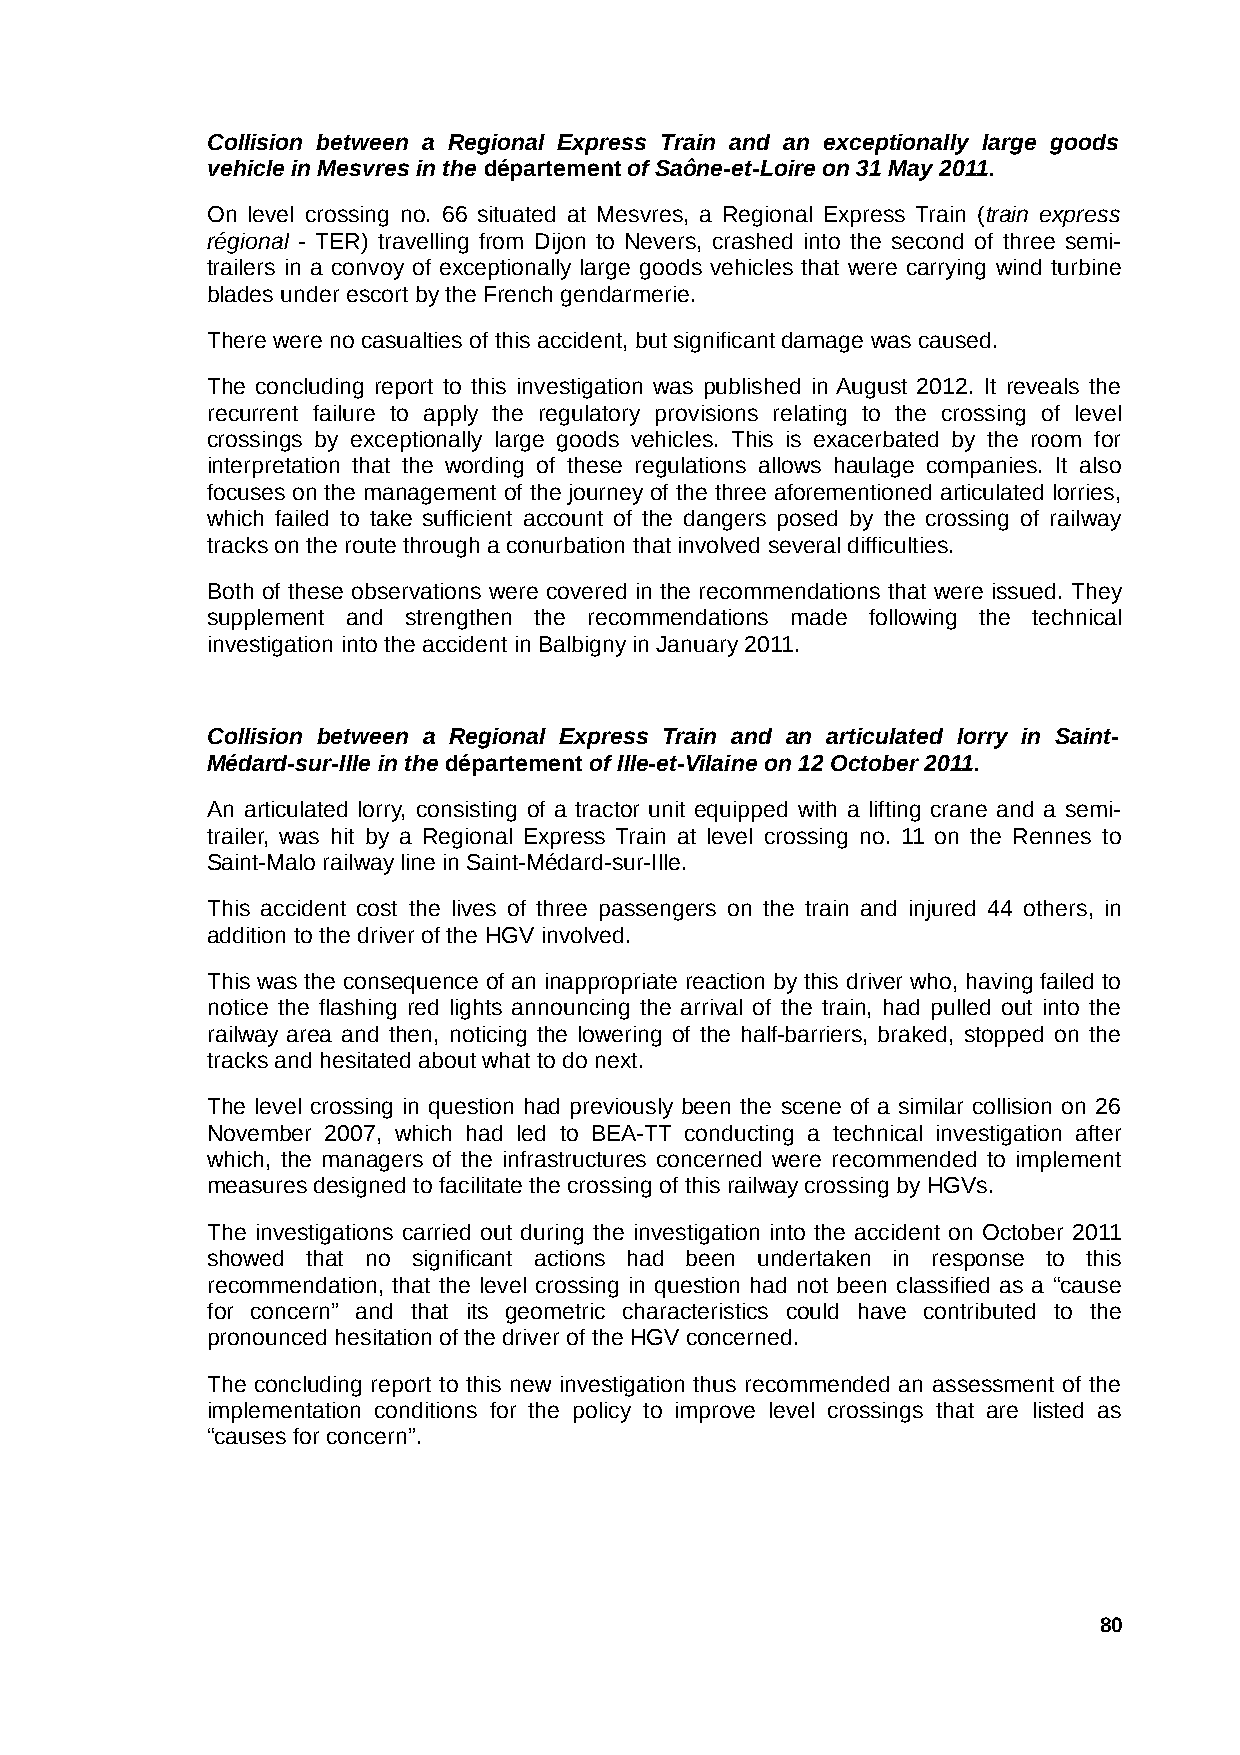
Collision between a Regional Express Train and an exceptionally large goods
 vehicle in Mesvres in the département of Saône-et-Loire on 31 May 2011.
 On level crossing no. 66 situated at Mesvres, a Regional Express Train (train express
 régional - TER) travelling from Dijon to Nevers, crashed into the second of three semi-
 trailers in a convoy of exceptionally large goods vehicles that were carrying wind turbine
 blades under escort by the French gendarmerie.
 There were no casualties of this accident, but significant damage was caused.
 The concluding report to this investigation was published in August 2012. It reveals the
 recurrent failure to apply the regulatory provisions relating to the crossing of level
 crossings by exceptionally large goods vehicles. This is exacerbated by the room for
 interpretation that the wording of these regulations allows haulage companies. It also
 focuses on the management of the journey of the three aforementioned articulated lorries,
 which failed to take sufficient account of the dangers posed by the crossing of railway
 tracks on the route through a conurbation that involved several difficulties.
 Both of these observations were covered in the recommendations that were issued. They
 supplement and strengthen the recommendations made following the technical
 investigation into the accident in Balbigny in January 2011.
 Collision between a Regional Express Train and an articulated lorry in Saint-
 Médard-sur-Ille in the département of Ille-et-Vilaine on 12 October 2011.
 An articulated lorry, consisting of a tractor unit equipped with a lifting crane and a semi-
 trailer, was hit by a Regional Express Train at level crossing no. 11 on the Rennes to
 Saint-Malo railway line in Saint-Médard-sur-Ille.
 This accident cost the lives of three passengers on the train and injured 44 others, in
 addition to the driver of the HGV involved.
 This was the consequence of an inappropriate reaction by this driver who, having failed to
 notice the flashing red lights announcing the arrival of the train, had pulled out into the
 railway area and then, noticing the lowering of the half-barriers, braked, stopped on the
 tracks and hesitated about what to do next.
 The level crossing in question had previously been the scene of a similar collision on 26
 November 2007, which had led to BEA-TT conducting a technical investigation after
 which, the managers of the infrastructures concerned were recommended to implement
 measures designed to facilitate the crossing of this railway crossing by HGVs.
 The investigations carried out during the investigation into the accident on October 2011
 showed that no significant actions had been undertaken in response to this
 recommendation, that the level crossing in question had not been classified as a “cause
 for concern” and that its geometric characteristics could have contributed to the
 pronounced hesitation of the driver of the HGV concerned.
 The concluding report to this new investigation thus recommended an assessment of the
 implementation conditions for the policy to improve level crossings that are listed as
 “causes for concern”.
 80